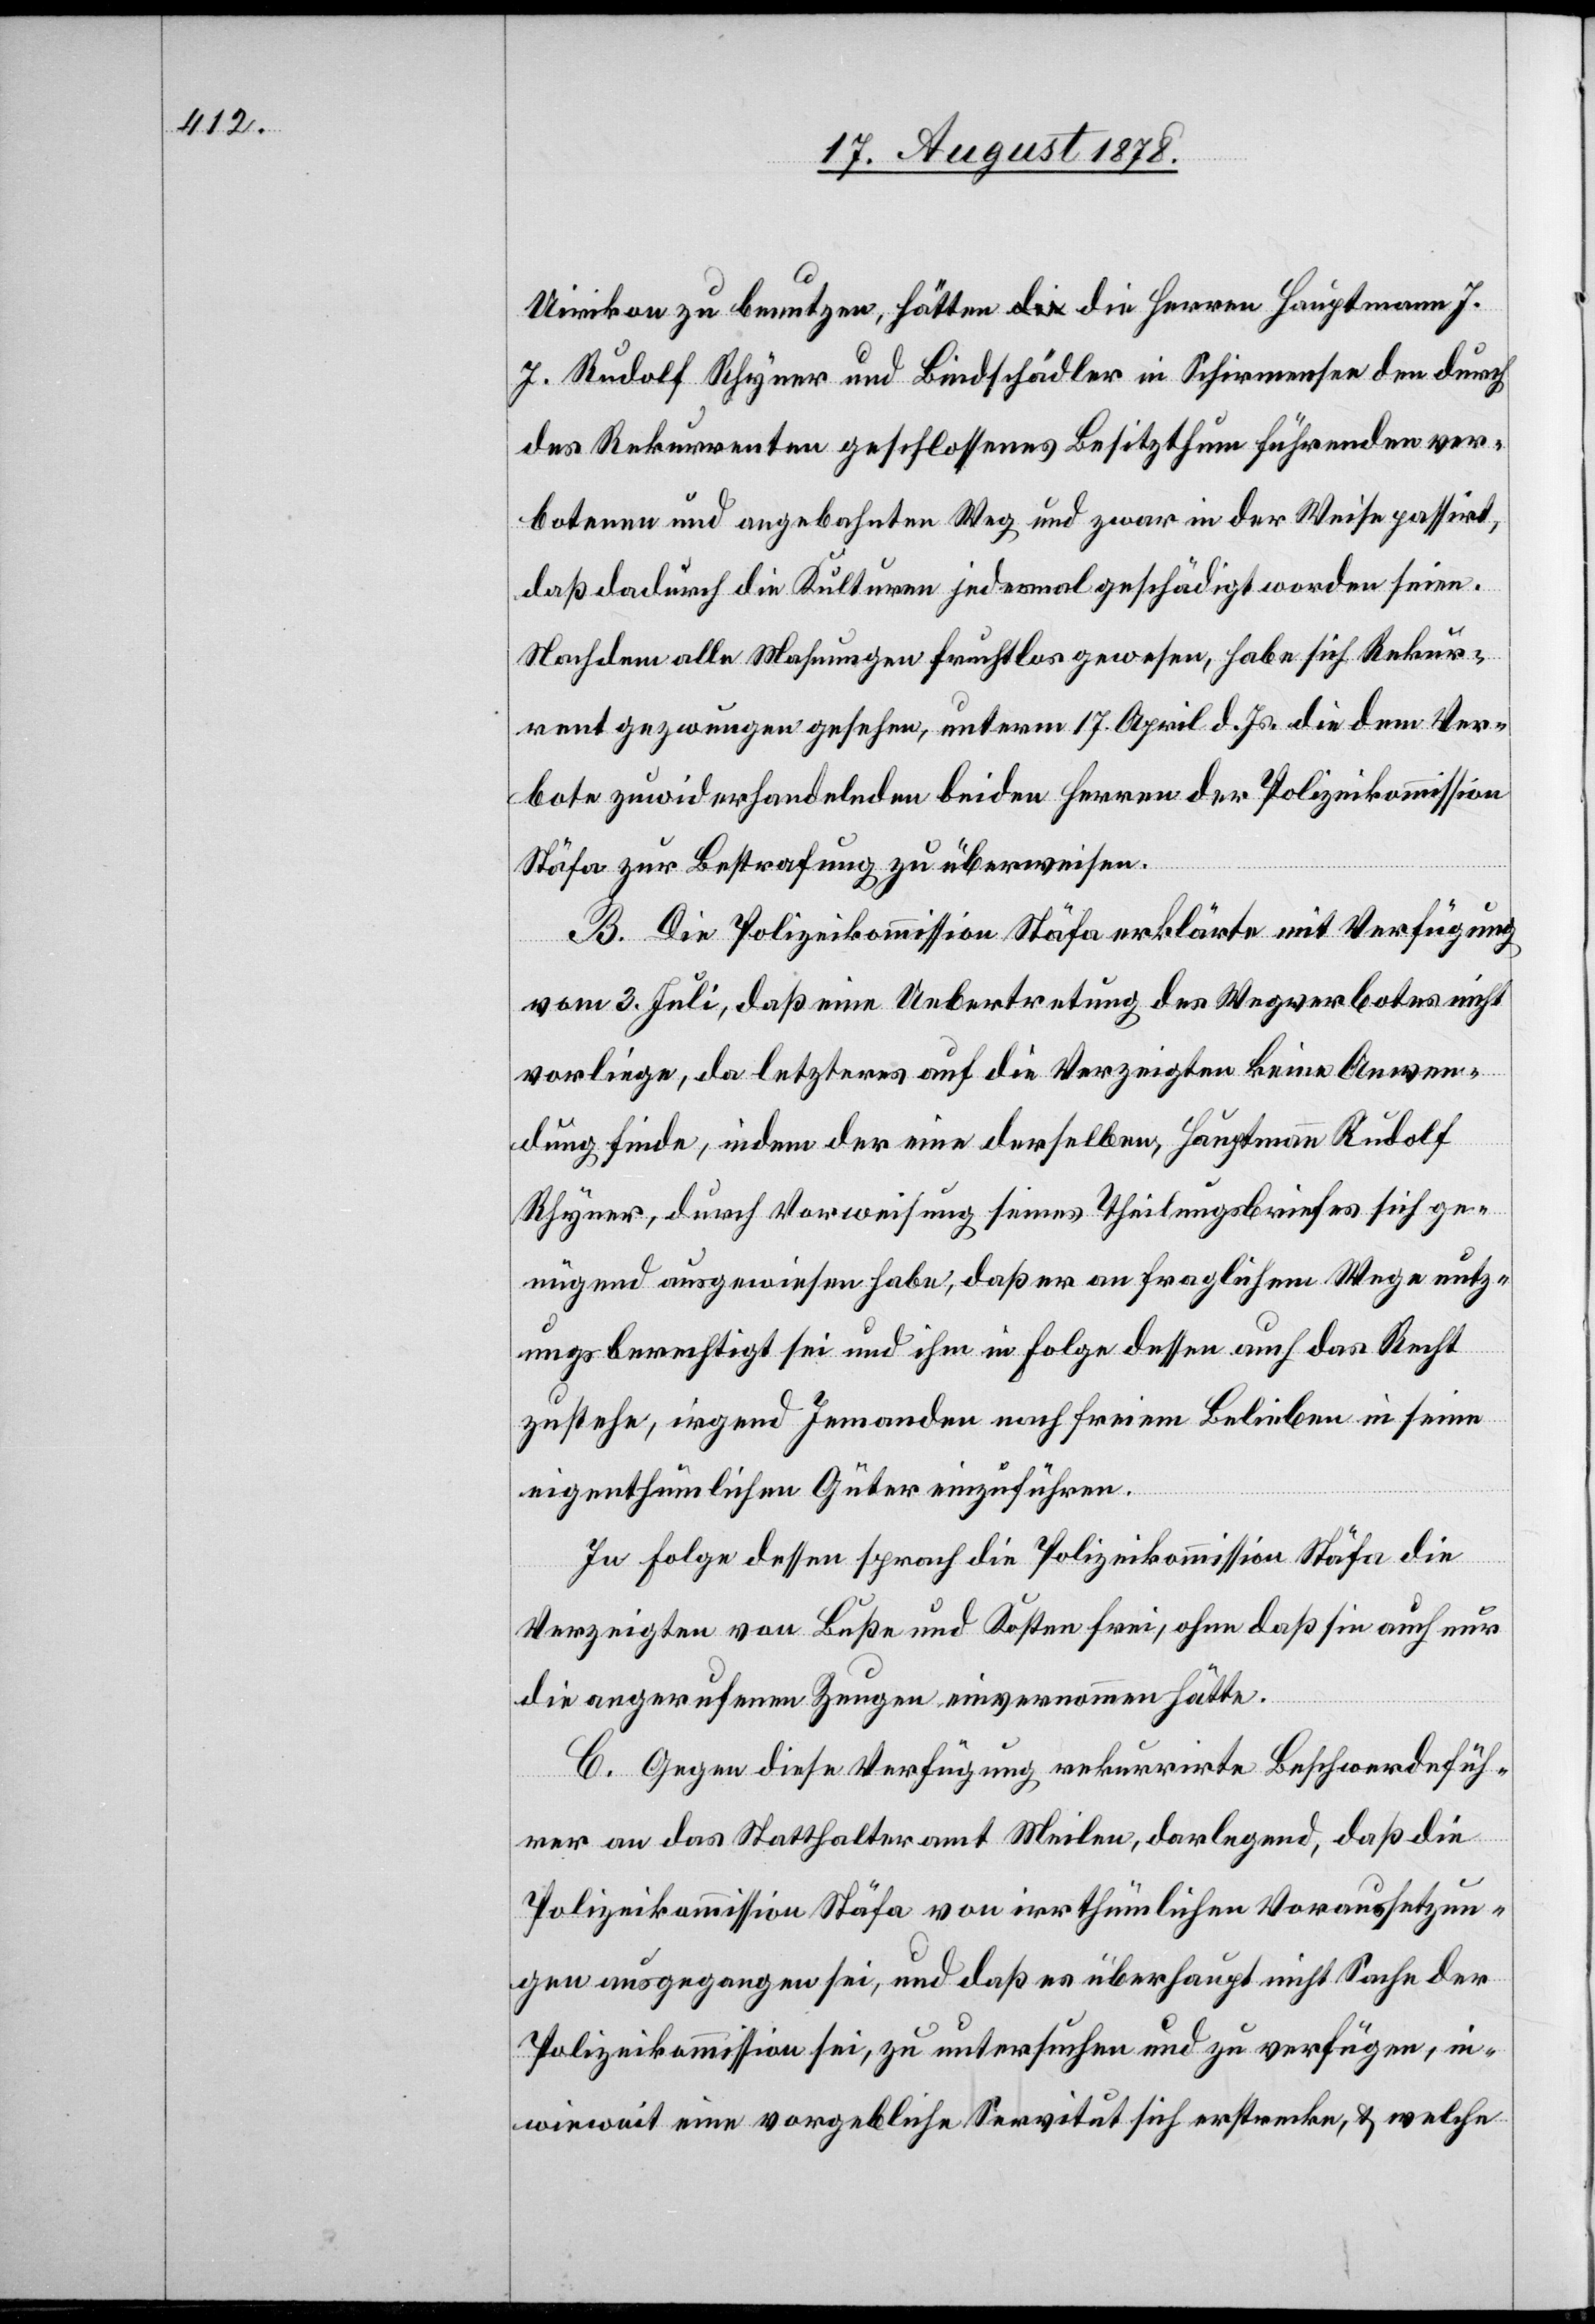
Uirikon zu benutzen, hätten die Herren Hauptmann J.
J. Rudolf Rhyner und Bindschädler in Schirmensee den durch
des Rekurrenten geschlossenes Besitzthum führenden ver¬
botenen und angebahnten Weg und zwar in der Weise passirt,
daß dadurch die Kulturen jedesmal geschädigt worden seien.
Nachdem alle Mahnungen fruchtlos gewesen, habe sich Rekur¬
rent gezwungen gesehen, unterm 17. April d. Js. die dem Ver¬
bote zuwiderhandelnden beiden Herren der Polizeikommission
Stäfa zur Strafe zu überweisen.
B. Die Polizeikommission Stäfa erklärte mit Verfügung
vom 3. Juli, daß eine Uebertretung des Wegverbotes nicht
vorliege, da letzteres auf die Verzeigten keine Anwen¬
dung finde, indem der eine derselben, Hauptmann Rudolf
Rhyner, durch Verweisung seines Theilungsbriefes sich ge¬
nügend ausgewiesen habe, daß er an fraglichem Wege nutz¬
ungsberechtigt sei und ihm ihn Folge dessen auch das Recht
zustehe, irgend Jemanden nach freiem Belieben in seine
eigenthümlichen Güter einzuführen.
In Folge dessen sprach die Polizeikommission Stäfa die
Verzeigten von Buße und Kosten frei, ohne daß sie auch nur
die angerufenen Zeugen einvernommen hätte.
C. Gegen diese Verfügung rekurrirte Beschwerdefüh¬
rer an das Statthalteramt Meilen, darlegend, daß die
Polizeikommission Stäfa von irrthümlichen Voraussetzun¬
gen ausgegangen sei, und daß es überhaupt nicht Sache der
Polizeikommission sei, zu untersuchen und zu verfügen, in¬
wieweit eine vorgebliche Servitut sich erstrecke, & welche